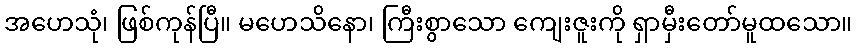
အဟေသုံ၊ ဖြစ်ကုန်ပြီ။ မဟေသိနော၊ ကြီးစွာသော ကျေးဇူးကို ရှာမှီးတော်မူထသော။